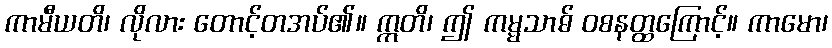
ကာမီယတိ၊ လိုလား တောင့်တအပ်၏။ ဣတိ၊ ဤ ကမ္မသာဓ် ဝစနတ္ထကြောင့်။ ကာမော၊